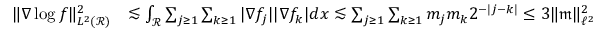
\begin{array} { r l } { \Vert \nabla \log f \Vert _ { L ^ { 2 } ( \mathcal { R } ) } ^ { 2 } } & { \lesssim \int _ { \mathcal { R } } \sum _ { j \geq 1 } \sum _ { k \geq 1 } | \nabla f _ { j } | | \nabla f _ { k } | d x \lesssim \sum _ { j \geq 1 } \sum _ { k \geq 1 } m _ { j } m _ { k } 2 ^ { - | j - k | } \le 3 \Vert \mathfrak { m } \Vert _ { \ell ^ { 2 } } ^ { 2 } } \end{array}